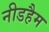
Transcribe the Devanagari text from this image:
नीडहैम